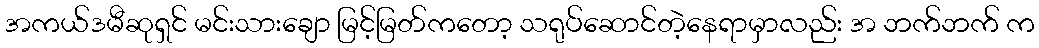
အကယ်ဒမီဆုရှင် မင်းသားချော မြင့်မြတ်ကတော့ သရုပ်ဆောင်တဲ့နေရာမှာလည်း အ ဘက်ဘက် က